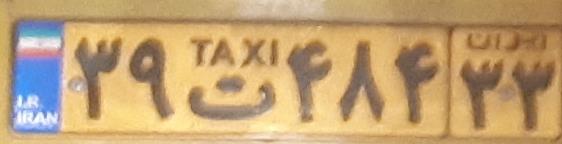
۳۹ت۸۴۸۳۳